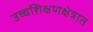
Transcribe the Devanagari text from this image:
उच्चशिक्षणक्षेत्रात